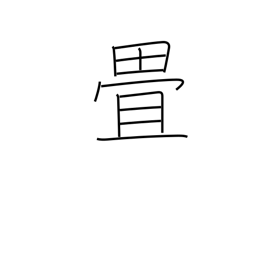
Meaning: counter for tatami mats